Calcutta medical institutions reports 1871-78
Year: 1871
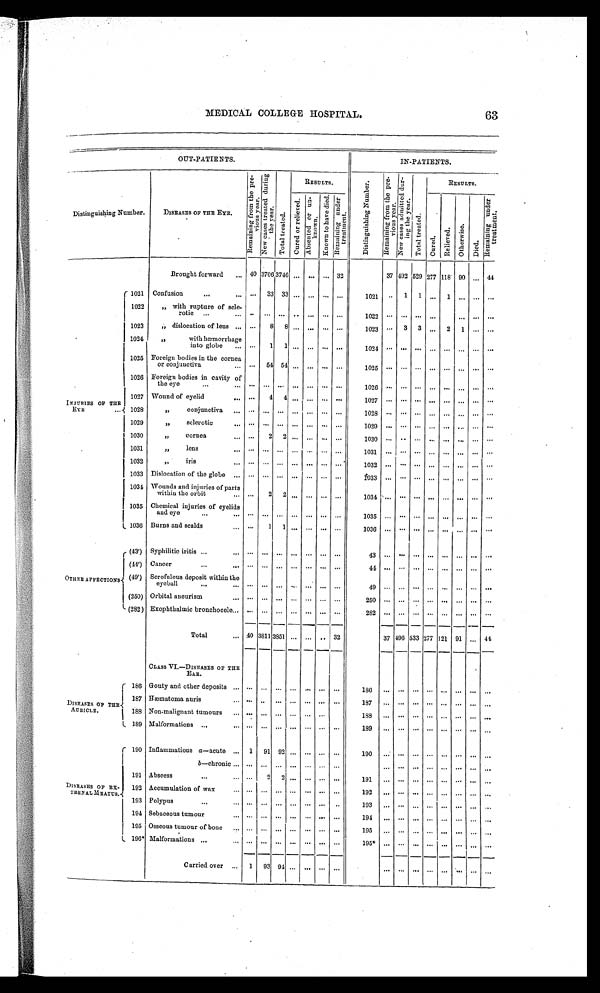
MEDICAL COLLEGE HOSPITAL.
63
OUT-PATIENTS.
IN-PATIENTS.
Distinguishing Number.
DISEASES OF THE EYE.
R e m a i n i n g f r o m t h e p r e -
v i o u s y e a r .
N e w c a s e s t r e a t e d d u r i n g t h e y e a r . T o t a l t r e a t e d .
RESULTS.
D i s t i n g u i s h i n g N u m b e r .
R e m a i n i n g f r o m t h e p r e -
v i o u s y e a r .
N e w c a s e s a d m i t t e d d u r -
i n g y e a r .
T o t a l T r e a t e d .
RESULTS.
R e m a i n i n g u n d e r
t r e a t m e n t .
C u r e d o r r e l i e v e d .
A b s e n t e d o r u n -
k n o wn .
K n o w n t o h a v e d i e d . R e m a i n i n g u n d e r
t r e a t m e n t .
C u r e d . R e l i v e d . Rel i ved.
Ot h e r wi s e .
Died.
Brought forward
40 3706 3746 ... ... ... 32
37
4 9 2 529 277 118 90 ... 44
I N J U R I E S O F T H E
E Y E 1021 Confusion
. . . 3 3 3 3
...
. . . . . . . . . 1021
. . . 1 1 ... 1
. . . . . . ...
1022
„ with rupture of scle-
rotic
... ...
. . . ... . . . . . . . . .
1022
. . . . . . . . . . . . . . . ... ... ...
1023 ,, dislocation of lens
... 8 8 ...
. . . ... ...
1023 ... 3 3 ... 2 1 ... ...
1024
,,
with hæmorrhage
into globe
. . . 1 1 ... ...
. . . ...
1 0 2 4 . . . . . . . . . . . . . . . . . .
. . . ...
1025 Foreign bodies in the cornea
or conjunctiva
. . . 5 4 5 4
...
. . . . . . . . .
1 0 2 5 . . . . . . . . . . . . . . . . . .
. . .
...
1026 Foreign bodies in cavity of
the eye
. . . . . . . . .
...
. . . . . . . . .
1 0 2 6 . . . . . . . . . . . . . . . . . .
. . .
...
1027 Wound of eyelid
. . . . . . 4 4
. . . . . . . . .
1 0 2 7 . . . . . . . . . . . . . . . . . .
. . .
...
1028
,,
conjunctiva
. . . . . . . . . ... . . . ...
. . .
1 0 2 8 . . . . . . . . . . . . . . . . . .
. . .
...
1029
,,
sclerotic
. . . . . . . . . ... . . . . . . . . .
1 0 2 9 . . . . . . . . . . . . . . . . . .
. . .
...
1030
,,
cornea
. . . 2
2 ...
. . . . . . . . .
1 0 3 0 . . . . . . . . . . . . . . . . . .
. . . ...
1031
,,
lens
. . . ... ... ... ... ... ...
1031
. . . . . . . . . . . . . . . . . .
. . .
...
1032
,,
iris
. . . . . . . . .
...
. . . . . . . . .
1 0 3 2 . . . . . . . . . . . . . . . . . .
. . .
...
1033 Dislocation of the globe
. . . ...
. . . ... ... ... ...
1 0 3 3 . . . . . . . . . . . . . . . . . .
. . .
...
1034 Wounds and injuries of parts
within the orbit
...
2
2 ...
. . . . . . . . .
1 0 3 4 . . . . . . . . . . . . . . . . . .
. . .
...
1035 Chemical injuries of eyelids
and eye
. . . . . . . . . ... . . . . . . . . .
1 0 3 5 . . . . . . . . . . . . . . . . . .
. . .
...
1036 Burns and scalds
...
1 1 ... ... ...
. . .
1 0 3 6 . . . . . . . . . . . . . . . . . .
. . .
...
O T H E R A F F E C T I O N S
(43') Syphilitic iritis
... ... ... ... ... ... ...
43
. . . . . . . . . . . .
. . . . . .
. . .
...
(44') Cancer
. . . . . . . . .
...
. . . . . . . . .
4 4 . . . . . . . . . . . . . . . . . . . . . ...
(49') Scrofulous deposit within the
eyeball
. . . . . . . . . . . . . . . . . . . . .
4 9 . . . . . . . . . . . . . . . . . .
. . .
...
(250) Orbital aneurism
. . . . . . . . . . . . . . . . . . . . .
2 5 0 . . . . . . . . . . . . . . . . . .
. . .
...
(282) Exophthalmic bronchocele ... ... ... ... ... ...
282
. . . . . . . . . . . . ...
. . .
. . . ...
Total
40 3811 3851 ... ... ... 32
37 496 533 277 121 91 ... 44
CLASS VI.—DISEASES OF THE
EAR.
DISEASES OF THE.
AURICLE.
186 Gouty and other deposits
...
. . . . . . . . . . . . . . . . . .
1 8 6 . . . . . . . . . . . . . . . . . .
. . .
...
187 Hæmatoma auris
. . . . . . . . . . . . . . . . . . . . .
1 8 7 . . . . . . . . . . . . . . . . . .
. . .
...
188 Non-malignant tumours
... ... ... ... ...
. . . . . .
1 8 8 . . . . . . . . . . . . . . . . . .
. . .
...
189 Malformations
. . . . . . ...
. . . . . . ...
. . .
1 8 9 . . . . . . . . . . . . . . . . . . . . . ...
DISEASES OF EX-
TERNAL MEATUS.
190 Inflammations a—acute
1 91
9 2 ... ... ...
190
. . . . . . . . . . . . . . .
. . . ... ...
b—chronic
... . . . ... . . . ... ... ...
... ... ... ... ... ... ... ...
191 Abscess
...
2
2 . . . . . . . . . . . .
191 ... . . . . . . ...
. . . . . . . . . ...
192 Accumulation of wax
. . . ... ... ... . . . . . . ...
1 9 2 . . . . . . . . . . . . . . . . . .
. . . ...
193 Polypus
... ... ... ... ... ... ..
193 ... . . . ... . . . ... ... ... ...
19 4 Sebaceous tumour
. . . . . . . . . . . . . . . . . . . . .
1 9 4 . . . . . . . . . . . . . . . . . . ... ...
195 Osseous tumour of bone
. . . . . . . . . . . . . . . . . . . . .
1 9 5 . . . . . . . . . . . . . . . . . .
. . .
...
196* Malformations
. . . . . . . . . . . . . . . . . . . . .
1 9 5 * . . . . . . . . . . . . . . . . . .
. . . ...
Carried over
1 9 394 ...
. . . ... ...
. . . . . . . . . . . . . . . . . .
. . . ...